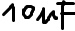
Text: 10µF